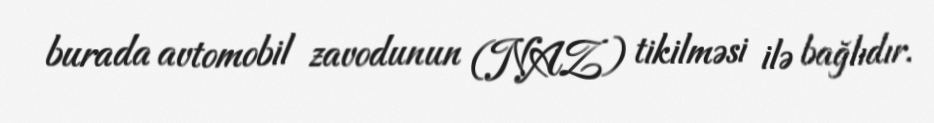
burada avtomobil zavodunun (NAZ) tikilməsi ilə bağlıdır.